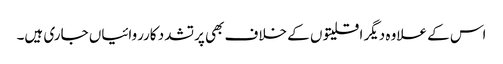
اس کے علاوہ دیگر اقلیتو ں کے خلاف بھی پرتشدد کارروائیاں جاری ہیں۔